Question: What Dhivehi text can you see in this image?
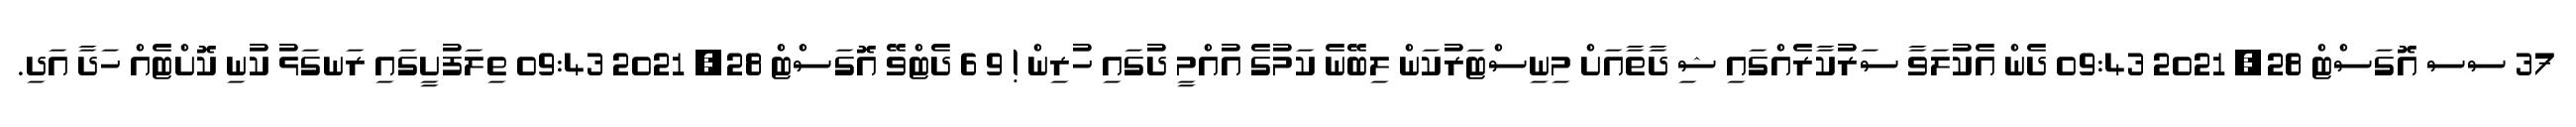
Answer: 37 ސސ އޮގަސްޓް 28, 2021 09:43 ދެން އެކުލަވާ ސަރުކާރެއްގައި ޝި ދާތާއަށް މިނިސްޓަރުކަން ލިބޭނެ ކަމުގެ އުއްމީ ދުގައި ހުރިން ! 9 6 ދެޓްވޭ އޮގަސްޓް 28, 2021 09:43 ތިލަފުށީގައި ރަނގަޅު ކުނި ކޮށްޓެއް ހަދާ އަދި.